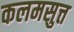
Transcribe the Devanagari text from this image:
कलमसुत्त